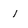
Character: 1